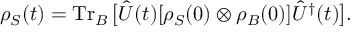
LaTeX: \rho _ { S } ( t ) = \operatorname { T r } _ { B } { \big [ } { \hat { U } } ( t ) [ \rho _ { S } ( 0 ) \otimes \rho _ { B } ( 0 ) ] { \hat { U } } ^ { \dagger } ( t ) { \big ] } .